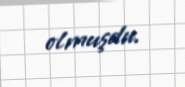
olmuşdu.